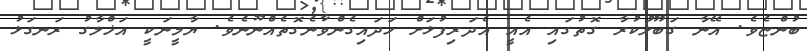
ބުންޏެވެ. އޭނާ ގަބޫލުކުރާ ގޮތުގައި އެއީ އެދަރިފުޅަށް ހަދައިގެންވާނެގޮތެއްނޫނެވެ. ޔާމީނަކީ އަޚްލާގު ރަނގަޅު